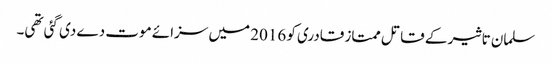
سلمان تاثیر کے قاتل ممتاز قادری کو 2016 میں سزائے موت دے دی گئی تھی۔